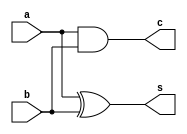
// -------------------------
// Exemplo0033 - incrementar
// Nome: Daniel Telles McGinnis
// -------------------------
// Previso:
// A sada ser um valor de 4 bits
// igual ao incremento da entrada.
// Teste 1:
// Entradas: a = 0000, a = 0010, a = 0101 e a = 1111
// Observaes da sada:
// Estes testes no so exaustivos pois no
// so testados todas as possveis combinaes
// de entrada, mas os testes que foram feitos
// deram certo.
// -------------------------
// incrementar
// -------------------------
module halfAdder (output s, output c,
                  input a, input b);
	xor N0 (s, a, b);
	and N1 (c, a, b);
endmodule // halfAdder

module fullAdder (output s0, output s1,
                  input a, input b, input c);
	wire a_mais_b_s;
	wire a_mais_b_carry;
	wire segundoCarry;
	halfAdder N0 (a_mais_b_s, a_mais_b_carry, a, b);
	halfAdder N1 (s0, segundoCarry, a_mais_b_s, c);
	or N2 (s1, segundoCarry, a_mais_b_carry);
endmodule // fullAdder

module SomadorSubtrator(output [3:0] s,
                 input [3:0] a, input [3:0] b, input carryIn);
	wire carry1;
	wire carry2;
	wire carry3;
	wire b0_condicionalmenteNegado;
	wire b1_condicionalmenteNegado;
	wire b2_condicionalmenteNegado;
	wire b3_condicionalmenteNegado;
	wire jogaFora;

	xor X0 (b0_condicionalmenteNegado, b[0], carryIn);
	xor X1 (b1_condicionalmenteNegado, b[1], carryIn);
	xor X2 (b2_condicionalmenteNegado, b[2], carryIn);
	xor X3 (b3_condicionalmenteNegado, b[3], carryIn);

	fullAdder N0 (s[0], carry1, a[0], b0_condicionalmenteNegado, carryIn);
	fullAdder N1 (s[1], carry2, a[1], b1_condicionalmenteNegado, carry1);
	fullAdder N2 (s[2], carry3, a[2], b2_condicionalmenteNegado, carry2);
	fullAdder N3 (s[3], jogaFora, a[3], b3_condicionalmenteNegado, carry3);
endmodule // SomadorSubtrator

module determinarZero(output e_igual_a_zero,
                      input [3:0] a);
	nor N0 (e_igual_a_zero, a[0], a[1], a[2], a[3]);
endmodule // determinarZero

module incrementar(output [3:0] s,
                   input [3:0] a);
	SomadorSubtrator ss (s, a, 4'b0001, 1'b0);
endmodule // incrementar

module test_incrementar;
	// ------------------------- definir dados
	reg [3:0] x;
	wire [3:0] s;
	incrementar modulo (s, x);
	// ------------------------- parte principal
	initial begin
		$display("Exemplo0033 - Daniel Telles McGinnis - 435042");
		$display("Test ALU's module");
		
		x = 4'b0000;
		#1 $display("++%b = %b", x, s);
		
		x = 4'b0010;
		#1 $display("++%b = %b", x, s);

		x = 4'b0101;
		#1 $display("++%b = %b", x, s);

		x = 4'b1111;
		#1 $display("++%b = %b", x, s);
	end
endmodule // test_incrementar